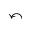
\curvearrowleft